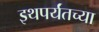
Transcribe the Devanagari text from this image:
इथपर्यंतच्या